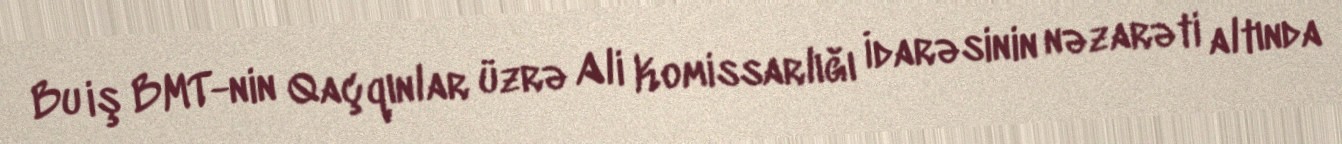
Bu iş BMT-nin Qaçqınlar üzrə Ali Komissarlığı İdarəsinin nəzarəti altında